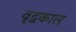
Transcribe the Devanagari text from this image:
वृद्धकाल